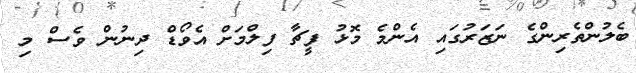
ބެލުންތެރިންގެ ނަޒަރުގައި އެންމެ މޮޅު ފީޗާ ފިލްމަށް އެވޯޑް ދިނުން ވެސް މި